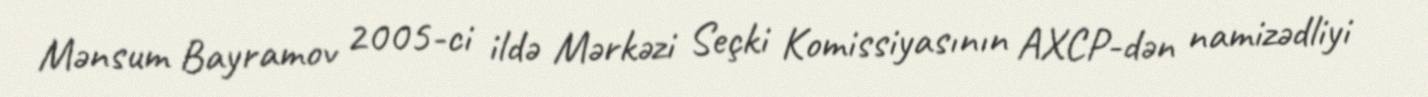
Mənsum Bayramov 2005-ci ildə Mərkəzi Seçki Komissiyasının AXCP-dən namizədliyi